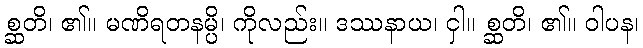
စ္ဆတိ၊ ၏။ မဏိရတနမ္ပိ၊ ကိုလည်း။ ဒဿနာယ၊ ငှါ။ စ္ဆတိ၊ ၏။ ဝါပန၊